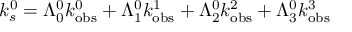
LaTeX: k _ { s } ^ { 0 } = \Lambda _ { 0 } ^ { 0 } k _ { \mathrm { o b s } } ^ { 0 } + \Lambda _ { 1 } ^ { 0 } k _ { \mathrm { o b s } } ^ { 1 } + \Lambda _ { 2 } ^ { 0 } k _ { \mathrm { o b s } } ^ { 2 } + \Lambda _ { 3 } ^ { 0 } k _ { \mathrm { o b s } } ^ { 3 }